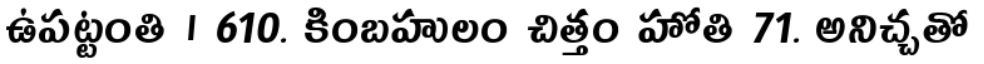
ఉపట్టంతి । 610. కింబహులం చిత్తం హోతి 71. అనిచ్చతో